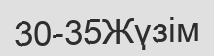
30-35Жүзім